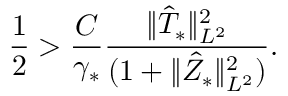
\frac { 1 } { 2 } > \frac { C } { \gamma _ { * } } \frac { \Vert \hat { T } _ { * } \Vert _ { L ^ { 2 } } ^ { 2 } } { ( 1 + \Vert \hat { Z } _ { * } \Vert _ { L ^ { 2 } } ^ { 2 } ) } .